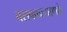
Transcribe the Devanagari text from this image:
बसवकल्याणके